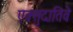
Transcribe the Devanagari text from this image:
एक्सुदातिवे